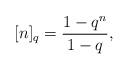
LaTeX: \begin{align*}[n]_{q} = \frac{1 - q^{n}}{1 - q},\end{align*}